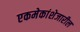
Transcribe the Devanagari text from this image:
एकमेकांशेजारील